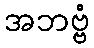
အဘဗ္ဗံ